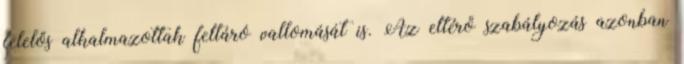
felelős alkalmazottak feltáró vallomását is. Az eltérő szabályozás azonban